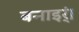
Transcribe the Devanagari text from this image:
बनाइर्ं।